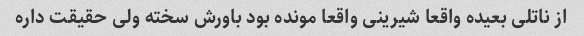
از ناتلی بعیده واقعا شیرینی واقعا مونده بود باورش سخته ولی حقیقت داره